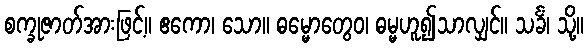
စက္ခုဇာတ်အားဖြင့်။ ဧကော၊ သော။ ဓမ္မောတွေဝ၊ ဓမ္မဟူ၍သာလျှင်။ သင်္ခံ၊ သို့။